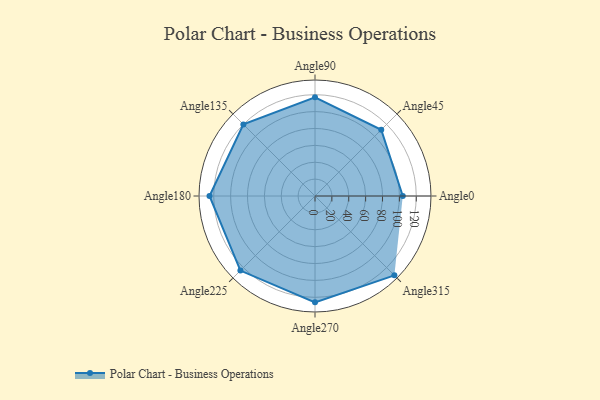
{"axis": {"x": "Angle", "y": "Radius"}, "legend": [""], "data": [{"x": "Angle0", "y": 104.0, "type": ""}, {"x": "Angle45", "y": 111.0, "type": ""}, {"x": "Angle90", "y": 117.0, "type": ""}, {"x": "Angle135", "y": 120.0, "type": ""}, {"x": "Angle180", "y": 125.0, "type": ""}, {"x": "Angle225", "y": 125.0, "type": ""}, {"x": "Angle270", "y": 126.0, "type": ""}, {"x": "Angle315", "y": 133.0, "type": ""}]}